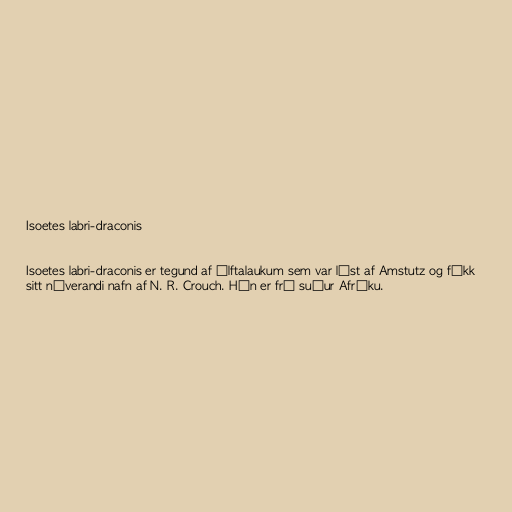
Isoetes labri-draconis

Isoetes labri-draconis er tegund af álftalaukum sem var lýst af Amstutz og fékk
sitt núverandi nafn af N. R. Crouch. Hún er frá suður Afríku.